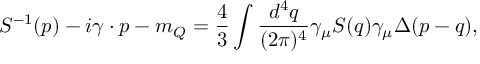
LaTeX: S ^ { - 1 } ( p ) - i \gamma \cdot p - m _ { Q } = \frac { 4 } { 3 } \int \frac { d ^ { 4 } q } { ( 2 \pi ) ^ { 4 } } \gamma _ { \mu } S ( q ) \gamma _ { \mu } \Delta ( p - q ) ,